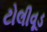
ટોલીવૂડ